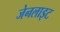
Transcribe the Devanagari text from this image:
जेनलाइट